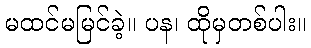
မထင်မမြင်ခဲ့။ ပန၊ ထိုမှတစ်ပါး။